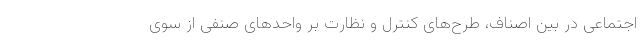
اجتماعی در بین اصناف، طرح‌های کنترل و نظارت بر واحدهای صنفی از سوی